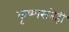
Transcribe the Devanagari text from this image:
कृष्णसनेही